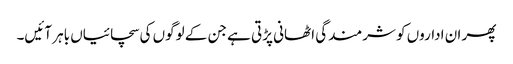
پھر ان اداروں کو شرمندگی اٹھانی پڑتی ہے جن کے لوگوں کی سچائیاں باہر آئیں۔